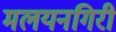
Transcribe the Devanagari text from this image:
मलयनगिरी